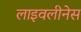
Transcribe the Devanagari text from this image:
लाइवलीनेस